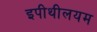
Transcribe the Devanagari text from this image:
इपीथीलयम